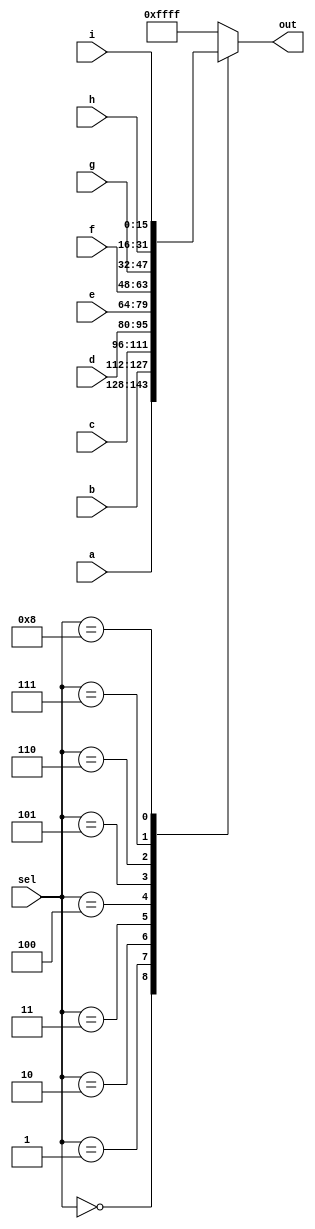
//Create a 16-bit wide, 9-to-1 multiplexer. sel=0 chooses a, sel=1 chooses b, etc. For the unused cases (sel=9 to 15), set all output bits to '1'.

//Hint...
//With this many options, a case statement may be useful.

module top_module( 
    input [15:0] a, b, c, d, e, f, g, h, i,
    input [3:0] sel,
    output reg [15:0] out );

    always @(*)begin
        case(sel)
            4'b0000: out = a;
            4'b0001: out = b;
            4'b0010: out = c;
            4'b0011: out = d;
            4'b0100: out = e;
            4'b0101: out = f;
            4'b0110: out = g;
            4'b0111: out = h;
            4'b1000: out = i;
            default: out = {16{1'b1}};
        endcase
    end

endmodule